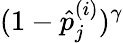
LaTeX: (1-\hat{p}_{j}^{(i)})^{\gamma}